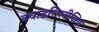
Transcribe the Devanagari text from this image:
क्वाडरिप्लीजिक